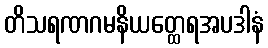
တိသရဏဂမနိယတ္ထေရအပဒါနံ